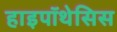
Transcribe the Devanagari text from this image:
हाइपॉथेसिस